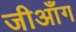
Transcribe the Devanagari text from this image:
जीआँग